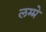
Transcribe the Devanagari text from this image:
लम्प्रे